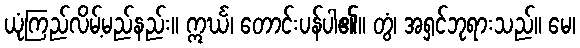
ယုံကြည်လိမ့်မည်နည်း။ ဣင်္ဃ၊ တောင်းပန်ပါ၏။ တွံ၊ အရှင်ဘုရားသည်။ မေ၊